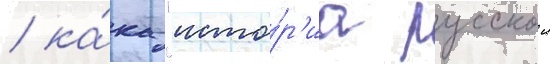
/ ка́к "исто́р'иа русскои